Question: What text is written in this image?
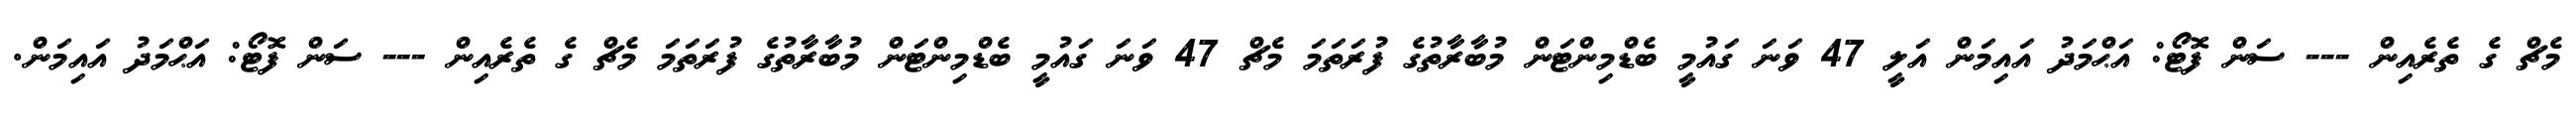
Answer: މެޗް ގެ ތެރެއިން --- ސަން ފޮޓޯ: އަޙްމަދު އައިމަން އަލީ 47 ވަނަ ގައުމީ ބެޑްމިންޓަން މުބާރާތުގެ ފުރަތަމަ މެޗް 47 ވަނަ ގައުމީ ބެޑްމިންޓަން މުބާރާތުގެ ފުރަތަމަ މެޗް ގެ ތެރެއިން --- ސަން ފޮޓޯ: އަޙްމަދު އައިމަން.